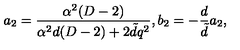
a _ { 2 } = \frac { \alpha ^ { 2 } ( D - 2 ) } { \alpha ^ { 2 } d ( D - 2 ) + 2 \tilde { d } q ^ { 2 } } , b _ { 2 } = - \frac { d } { \tilde { d } } a _ { 2 } ,